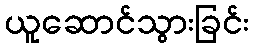
ယူဆောင်သွားခြင်း